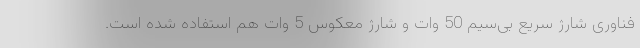
فناوری شارژ سریع بی‌سیم 50 وات و شارژ معکوس 5 وات هم استفاده شده است.